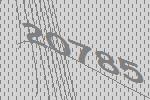
20785